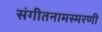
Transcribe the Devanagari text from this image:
संगीतनामस्मरणी